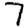
Digit: 7